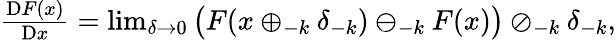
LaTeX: \begin{array}{r}{\frac{\mathrm{D}F(x)}{\mathrm{D}x}=\operatorname*{lim}_{\delta\to 0}\big(F(x\oplus_{-k}\delta_{-k})\ominus_{-k}F(x)\big)\oslash_{-k}\delta_{-k},}\end{array}